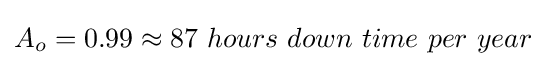
A_{o}=0.99\approx 87\ hours\ down\ time\ per\ year